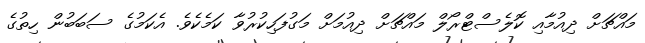
މައްޗަށް ދިއުމާއި ކޮލެސްޓްރޯލް މައްޗަށް ދިއުމަށް މަގުފަހިކުރުވާ ކަމެކެވެ. އެކަމުގެ ސަބަބުން ހިތުގެ